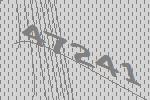
47241